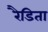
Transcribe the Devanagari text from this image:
रैडिता